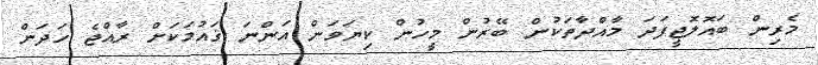
މެރިން ބައޮލޮޖީފަދަ މާއްދާތަކުން ބޭރުން މީހުން ކިޔަވަން އަންނަ ޤައުމަކަށް ރާއްޖެ ހަދަން